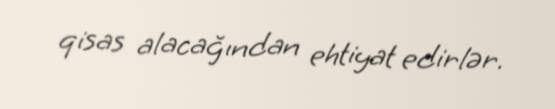
qisas alacağından ehtiyat edirlər.